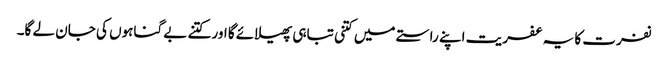
نفرت کا یہ عفریت اپنے راستے میں کتنی تباہی پھیلائے گا اور کتنے بے گناہوں کی جان لے گا۔